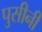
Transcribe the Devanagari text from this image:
पुसीनी